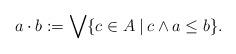
LaTeX: \begin{align*}a\cdot b:=\bigvee\{c\in A\:|\:c\wedge a\le b\}.\end{align*}